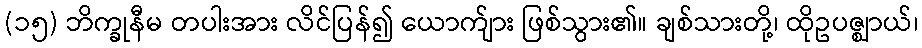
(၁၅) ဘိက္ခုနီမ တပါးအား လိင်ပြန်၍ ယောက်ျား ဖြစ်သွား၏။ ချစ်သားတို့၊ ထိုဥပဇ္ဈာယ်၊